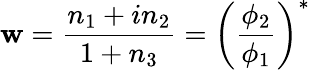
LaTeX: \mathbf{w}={\frac{{n_{1}+in_{2}}}{{1+n_{3}}}}=\left({\frac{{\phi_{2}}}{{\phi_{1}}}}\right)^{*}